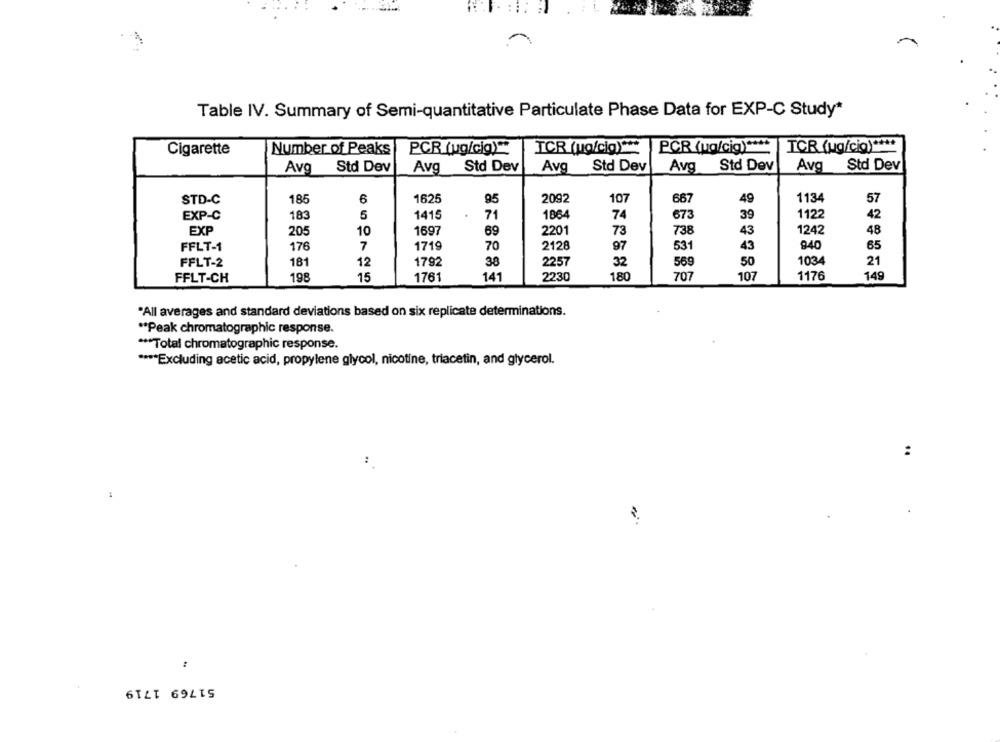
Table IV. Summary of Semi-quantitative Particulate Phase Data for EXP-C Study*
TCR (ua/cia) ***
PCR (ua/cig) ****
TCR (ug/cio) ****
Cigarette
Number of Peaks
PCR (ug/cig) **
Avg Std Dev
Avg
Std Dev
Avg
Std Dev
Avg Std Dev
Avg Std Dev
STD-C
185
6
1625
95
2092
107
667
49
1134
57
EXP-C
183
1415
71
1864
74
673
39
1122
42
EXP
10
1697
69
2201
73
738
43
1242
48
20
940
FFLT-1
176
7
1719
70
2128
97
531
43
65
FFLT-2
181
12
1792
38
2257
32
569
50
1034
21
149
FFLT-CH
198
15
1761
141
2230
180
707
107
1176
"All averages and standard deviations based on six replicate determinations.
** Peak chromatographic response.
*** Total chromatographic response.
**** Excluding acetic acid, propylene glycol, nicotine, triacetin, and glycerol.
:
:
51769 1719